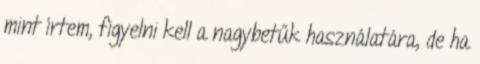
mint írtem, figyelni kell a nagybetűk használatára, de ha